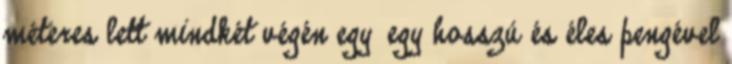
méteres lett mindkét végén egy—egy hosszú és éles pengével